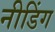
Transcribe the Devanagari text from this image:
नीडिंग